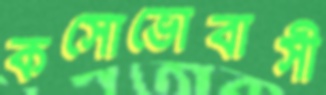
কসোভোবাসী